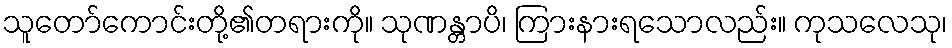
သူတော်ကောင်းတို့၏တရားကို။ သုဏန္တာပိ၊ ကြားနားရသောလည်း။ ကုသလေသု၊